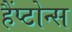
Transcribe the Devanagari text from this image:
हैंप्टोन्स